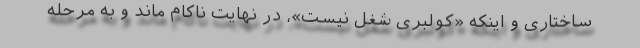
ساختاری و اینکه «کولبری شغل نیست»، در نهایت ناکام ماند و به مرحله